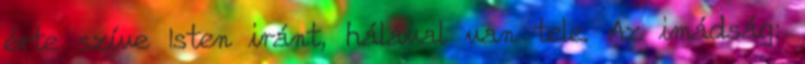
érte szíve Isten iránt, hálával van tele. Az imádság: